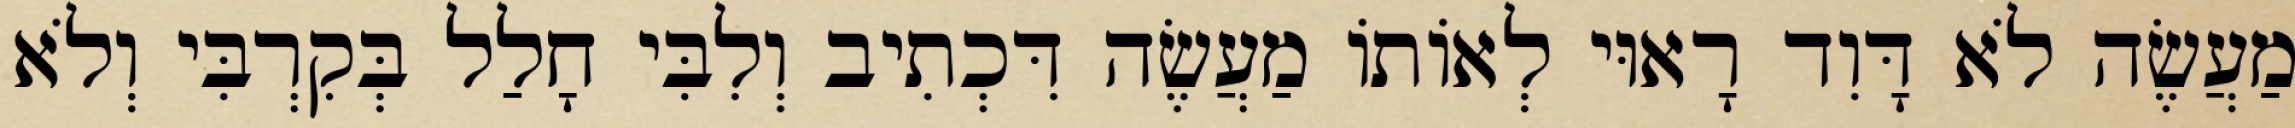
מַעֲשֶׂה לֹא דָּוִד רָאוּי לְאוֹתוֹ מַעֲשֶׂה דִּכְתִיב וְלִבִּי חָלַל בְּקִרְבִּי וְלֹא